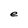
Character: e